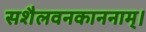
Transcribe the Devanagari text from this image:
सशैलवनकाननाम्।